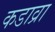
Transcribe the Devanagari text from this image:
कडाव्रा